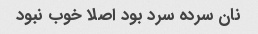
نان سرده سرد بود اصلا خوب نبود